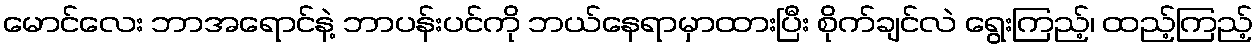
မောင်လေး ဘာအရောင်နဲ့ ဘာပန်းပင်ကို ဘယ်နေရာမှာထားပြီး စိုက်ချင်လဲ ရွေးကြည့်၊ ထည့်ကြည့်